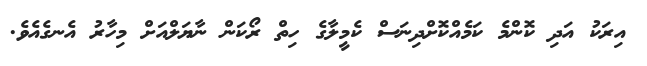
އިރަކު އަދި ކޮންމެ ކަމެއްކޮށްދިނަސް ކެމީލާގެ ހިތް ރޯކަން ނާޔަލްއަށް މިހާރު އެނގެއެވެ.